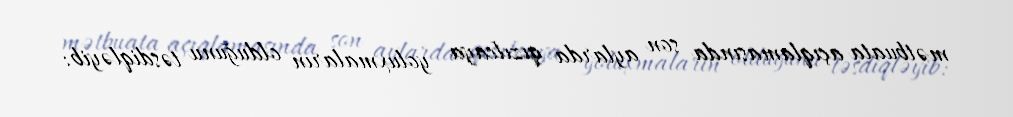
mətbuata açıqlamasında son aylarda qızılcaya yoluxmaların olduğunu təsdiqləyib: